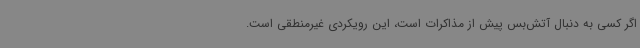
اگر کسی به دنبال آتش‌بس پیش از مذاکرات است، این رویکردی غیرمنطقی است.